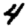
Digit: 4